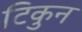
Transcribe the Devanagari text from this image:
टिकुन